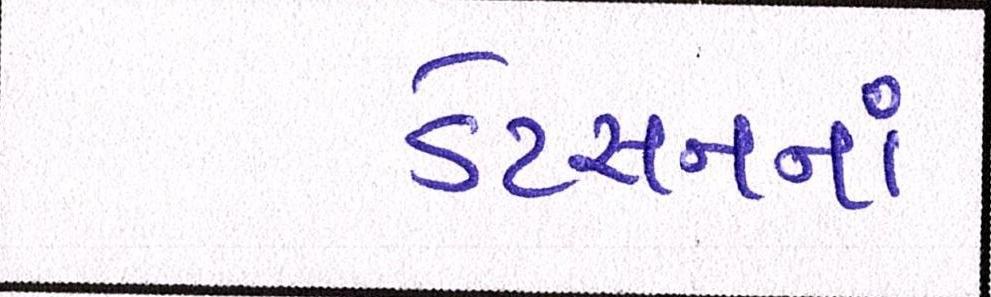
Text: ડેટસનનાં